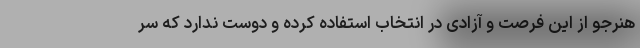
هنرجو از این فرصت و آزادی در انتخاب استفاده کرده و دوست ندارد که سر